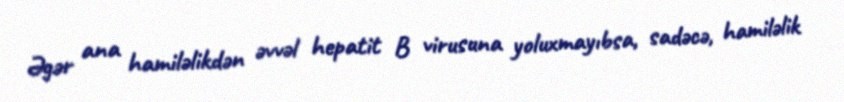
Əgər ana hamiləlikdən əvvəl hepatit B virusuna yoluxmayıbsa, sadəcə, hamiləlik